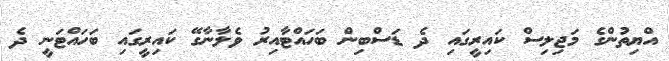
އްޔިތުންގެ މަޖިލިސް ކައިރީގައި ދެ ޑަސްބިން ބަހައްޓާއިރު ވެލާނާގޭ ކައިރީގައި ބަހައްޓަނީ ދެ